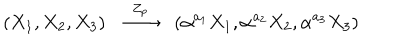
( X _ { 1 } , X _ { 2 } , X _ { 3 } ) \stackrel { Z _ { p } } { \longrightarrow } ( \alpha ^ { a _ { 1 } } X _ { 1 } , \alpha ^ { a _ { 2 } } X _ { 2 } , \alpha ^ { a _ { 3 } } X _ { 3 } )